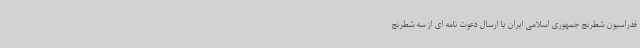
فدراسیون شطرنج جمهوری اسلامی ایران با ارسال دعوت نامه ای از سه شطرنج